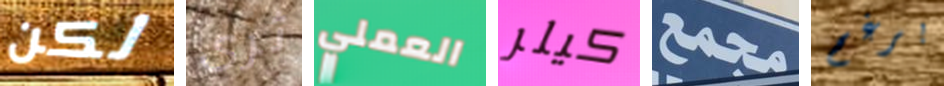
لكن ثرى العملي كيلر مجمع برغم